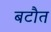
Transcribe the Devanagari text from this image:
बटौत